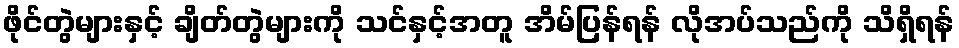
ဖိုင်တွဲများနှင့် ချိတ်တွဲများကို သင်နှင့်အတူ အိမ်ပြန်ရန် လိုအပ်သည်ကို သိရှိရန်